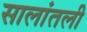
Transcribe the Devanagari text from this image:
सालांतली